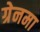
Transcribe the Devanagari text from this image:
ग्रेनमा